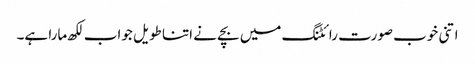
اتنی خوب صورت رائٹنگ میں بچے نے اتنا طویل جواب لکھ مارا ہے۔